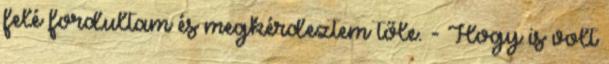
felé fordultam és megkérdeztem tőle. - Hogy is volt